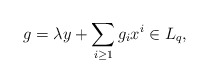
\begin{align*}g = \lambda y + \sum_{i \geq 1} g_i x^i \in L_q,\end{align*}